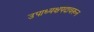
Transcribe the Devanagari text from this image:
उपाध्यक्षपदावरून